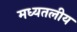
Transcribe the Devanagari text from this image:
मध्यतलीय